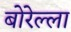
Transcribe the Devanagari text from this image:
बोरेल्ला